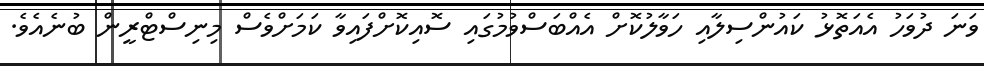
ވަނަ ދުވަހު އެއަތޮޅު ކައުންސިލާއި ހަވާލުކޮށް އެއްބަސްވުމުގައި ސޮއިކޮށްފައިވާ ކަމަށްވެސް މިނިސްޓްރީން ބުނެއެވެ.